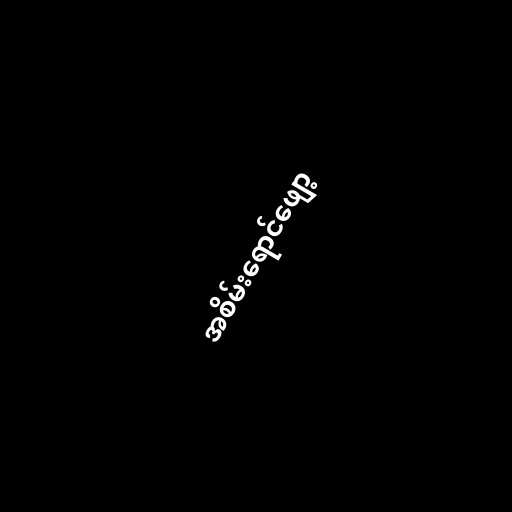
အစိမ်းရောင်ဖျော့